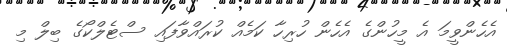
އެހެންވީމަ އެ މީހުންގެ އެހެން ހުރިހާ ކަމެއް ކުރައްވާފައި ސްޓެލްކޯގެ ބިލް މި